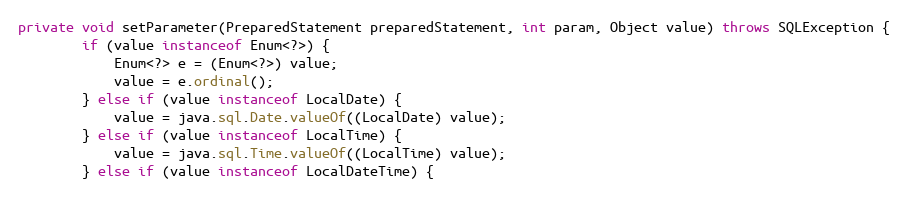
Language: Java
private void setParameter(PreparedStatement preparedStatement, int param, Object value) throws SQLException {
		if (value instanceof Enum<?>) {
			Enum<?> e = (Enum<?>) value;
			value = e.ordinal();
		} else if (value instanceof LocalDate) {
			value = java.sql.Date.valueOf((LocalDate) value);
		} else if (value instanceof LocalTime) {
			value = java.sql.Time.valueOf((LocalTime) value);
		} else if (value instanceof LocalDateTime) {